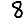
Digit: 8